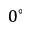
0 ^ { \circ }